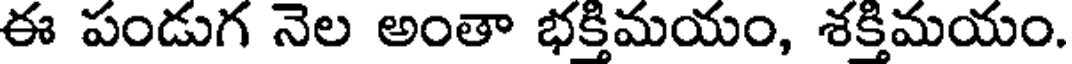
ఈ పండుగ నెల అంతా భక్తిమయం, శక్తిమయం.